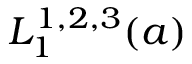
L _ { 1 } ^ { 1 , 2 , 3 } ( a )